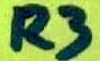
Text: R3